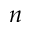
n